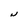
Character: N